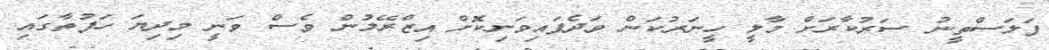
ފަލަސްތީނު ސަރުކާރަށް މާލީ ހީނަރުކަން ވަދެފައިވަނިކޮށް އިޒްރޭލުން ވެސް ވަނީ މިދިޔަ ހަފުތާގައި